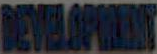
DEVELOPRINT